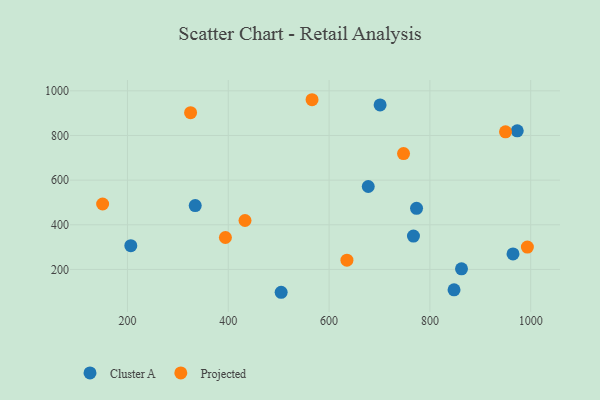
{"axis": {"x": "Investment", "y": "Profit"}, "legend": ["Cluster A", "Projected"], "data": [{"x": "773.5", "y": 473.7, "type": "Cluster A"}, {"x": "701.2", "y": 936.9, "type": "Cluster A"}, {"x": "334.4", "y": 486.2, "type": "Cluster A"}, {"x": "862.7", "y": 202.8, "type": "Cluster A"}, {"x": "206.6", "y": 306.5, "type": "Cluster A"}, {"x": "504.9", "y": 97.7, "type": "Cluster A"}, {"x": "767.4", "y": 349.4, "type": "Cluster A"}, {"x": "964.9", "y": 269.4, "type": "Cluster A"}, {"x": "677.7", "y": 571.4, "type": "Cluster A"}, {"x": "973.3", "y": 821.1, "type": "Cluster A"}, {"x": "847.9", "y": 108.8, "type": "Cluster A"}, {"x": "150.7", "y": 493.1, "type": "Projected"}, {"x": "394.3", "y": 343.0, "type": "Projected"}, {"x": "635.4", "y": 241.7, "type": "Projected"}, {"x": "325.2", "y": 902.0, "type": "Projected"}, {"x": "747.7", "y": 719.1, "type": "Projected"}, {"x": "566.2", "y": 960.2, "type": "Projected"}, {"x": "433.2", "y": 419.2, "type": "Projected"}, {"x": "950.0", "y": 816.4, "type": "Projected"}, {"x": "993.4", "y": 300.0, "type": "Projected"}]}